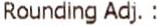
ROUNDING ADJ. :